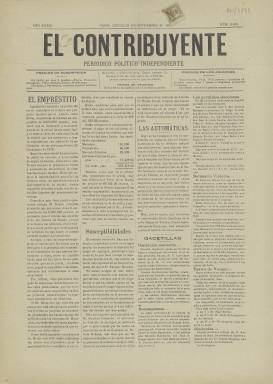
Título: El Contribuyente (Cádiz)
Colección: Periódicos
Ámbito geográfico: Cádiz
Lugar de publicación: Cádiz
Fechas: 21/09/1911-21/09/1911

Periódico gaditano que tuvo larga vida pues salió a la calle al comienzo de la Restauración y se prolongó al menos hasta la segunda década del siglo XX. Su ideario era conservador, terreno que disputó a La Monarquía y otros periódicos de la misma corriente contrarios a la ideología liberal durante esa época en Cádiz.

  A finales del siglo XIX llegaron a editarse en Cádiz una veintena de periódicos, lo que da idea de la pujanza que seguía teniendo la ciudad española que en 1812 había sido sede de las Cortes que dieron a España su primera Constitución. Precisamente, en 1912, con motivo del centenario de este gran acontecimiento, la ciudad y la prensa se volcó en realzar los actos programados y El Contribuyente llegó a incluir en sus páginas la Semana Santa como parte de los festejos. Se trataba de estirar las celebraciones para atraer turismo a la ciudad. La anécdota protagonizada por este periódico puede leerse en un trabajo de Carmen Mateos Alonso, de la Biblioteca Municipal Celestino Mutis, que puede consultarse online.

   El editor de El Contribuyente era Bernardo de Arjona, de quien no se conoce mucho al igual que tampoco de esta publicación que llevaba por subtítulo ‘Periódico político independiente’, lo cual puede ser cierto dado que debió de pasar por más de una mano y conocer varias etapas. La Biblioteca Nacional solo posee un número de esta publicación. Se trata de la entrega correspondiente al 21 de septiembre de 1911.

  Viendo este número no se pueden sacar muchas conclusiones, pues solo tiene dos páginas y no es seguro que el periódico hubiera salido siempre así. Se puede ver que el contenido está circunscrito a la información local y que la segunda página está dedicada sobre todo a la publicidad, fórmula obligada para estas publicaciones menores a fin de poder financiarse.

   Curiosamente, y es un dato con cierto valor sociológico, se puede ver el anuncio de una mujer de la que se muestra su fotografía recomendando unas píldoras que le han ayudado a recuperarse de la anemia que producía. El hecho de utilizar la imagen de una persona real para promocionar un producto era entonces un recurso novedoso en el siempre innovador mundo de la publicidad.

[Descripción publicada el 17/08/2022]